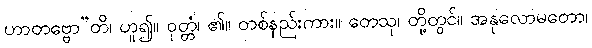
ဟာတဗ္ဗော”တိ၊ ဟူ၍။ ဝုတ္တံ၊ ၏။ တစ်နည်းကား။ တေသု၊ တို့တွင်။ အနုလောမတော၊